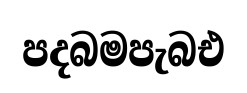
පදබමපැබඑ